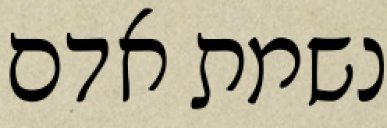
נשמת אדם